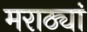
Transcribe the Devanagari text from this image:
मराठ्यां